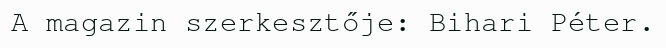
A magazin szerkesztője: Bihari Péter.